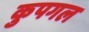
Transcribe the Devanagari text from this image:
कुपगल